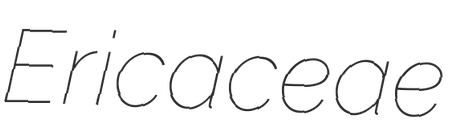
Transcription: Ericaceae